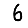
Digit: 6